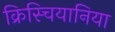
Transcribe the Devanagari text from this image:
क्रिस्चियानिया